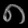
Digit: ၈